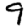
Digit: 9